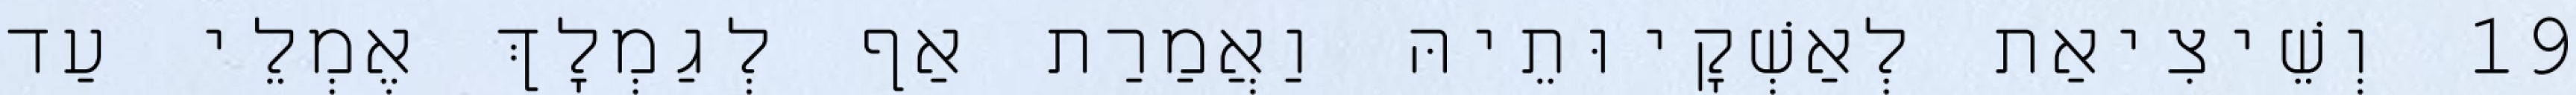
19 וְשֵׁיצִיאַת לְאַשְׁקָיוּתֵיהּ וַאֲמַרַת אַף לְגַמְלָךְ אֶמְלֵי עַד